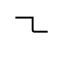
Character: ㇍